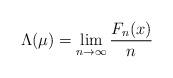
LaTeX: \begin{align*} \Lambda (\mu)=\lim_{n\to \infty} \frac{F_n(x)}{n}\end{align*}